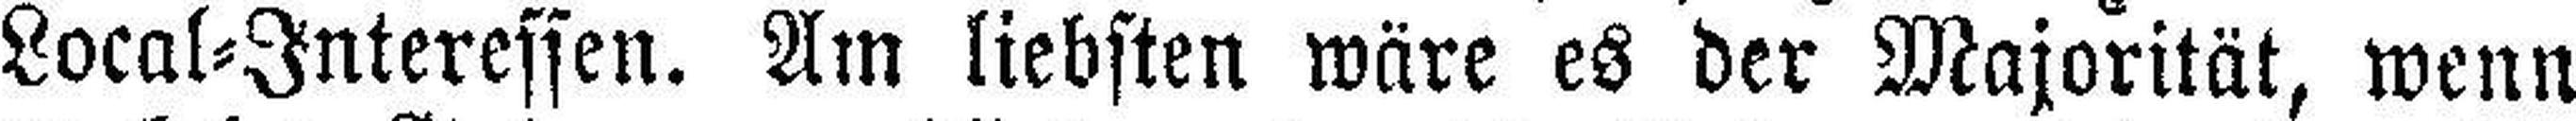
Local=Interessen. Am liebsten wäre es der Majorität, wenn